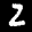
Label: 2